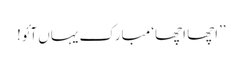
’’اچھا اچھا‘ مبارک یہاں آئو!